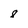
Character: 8